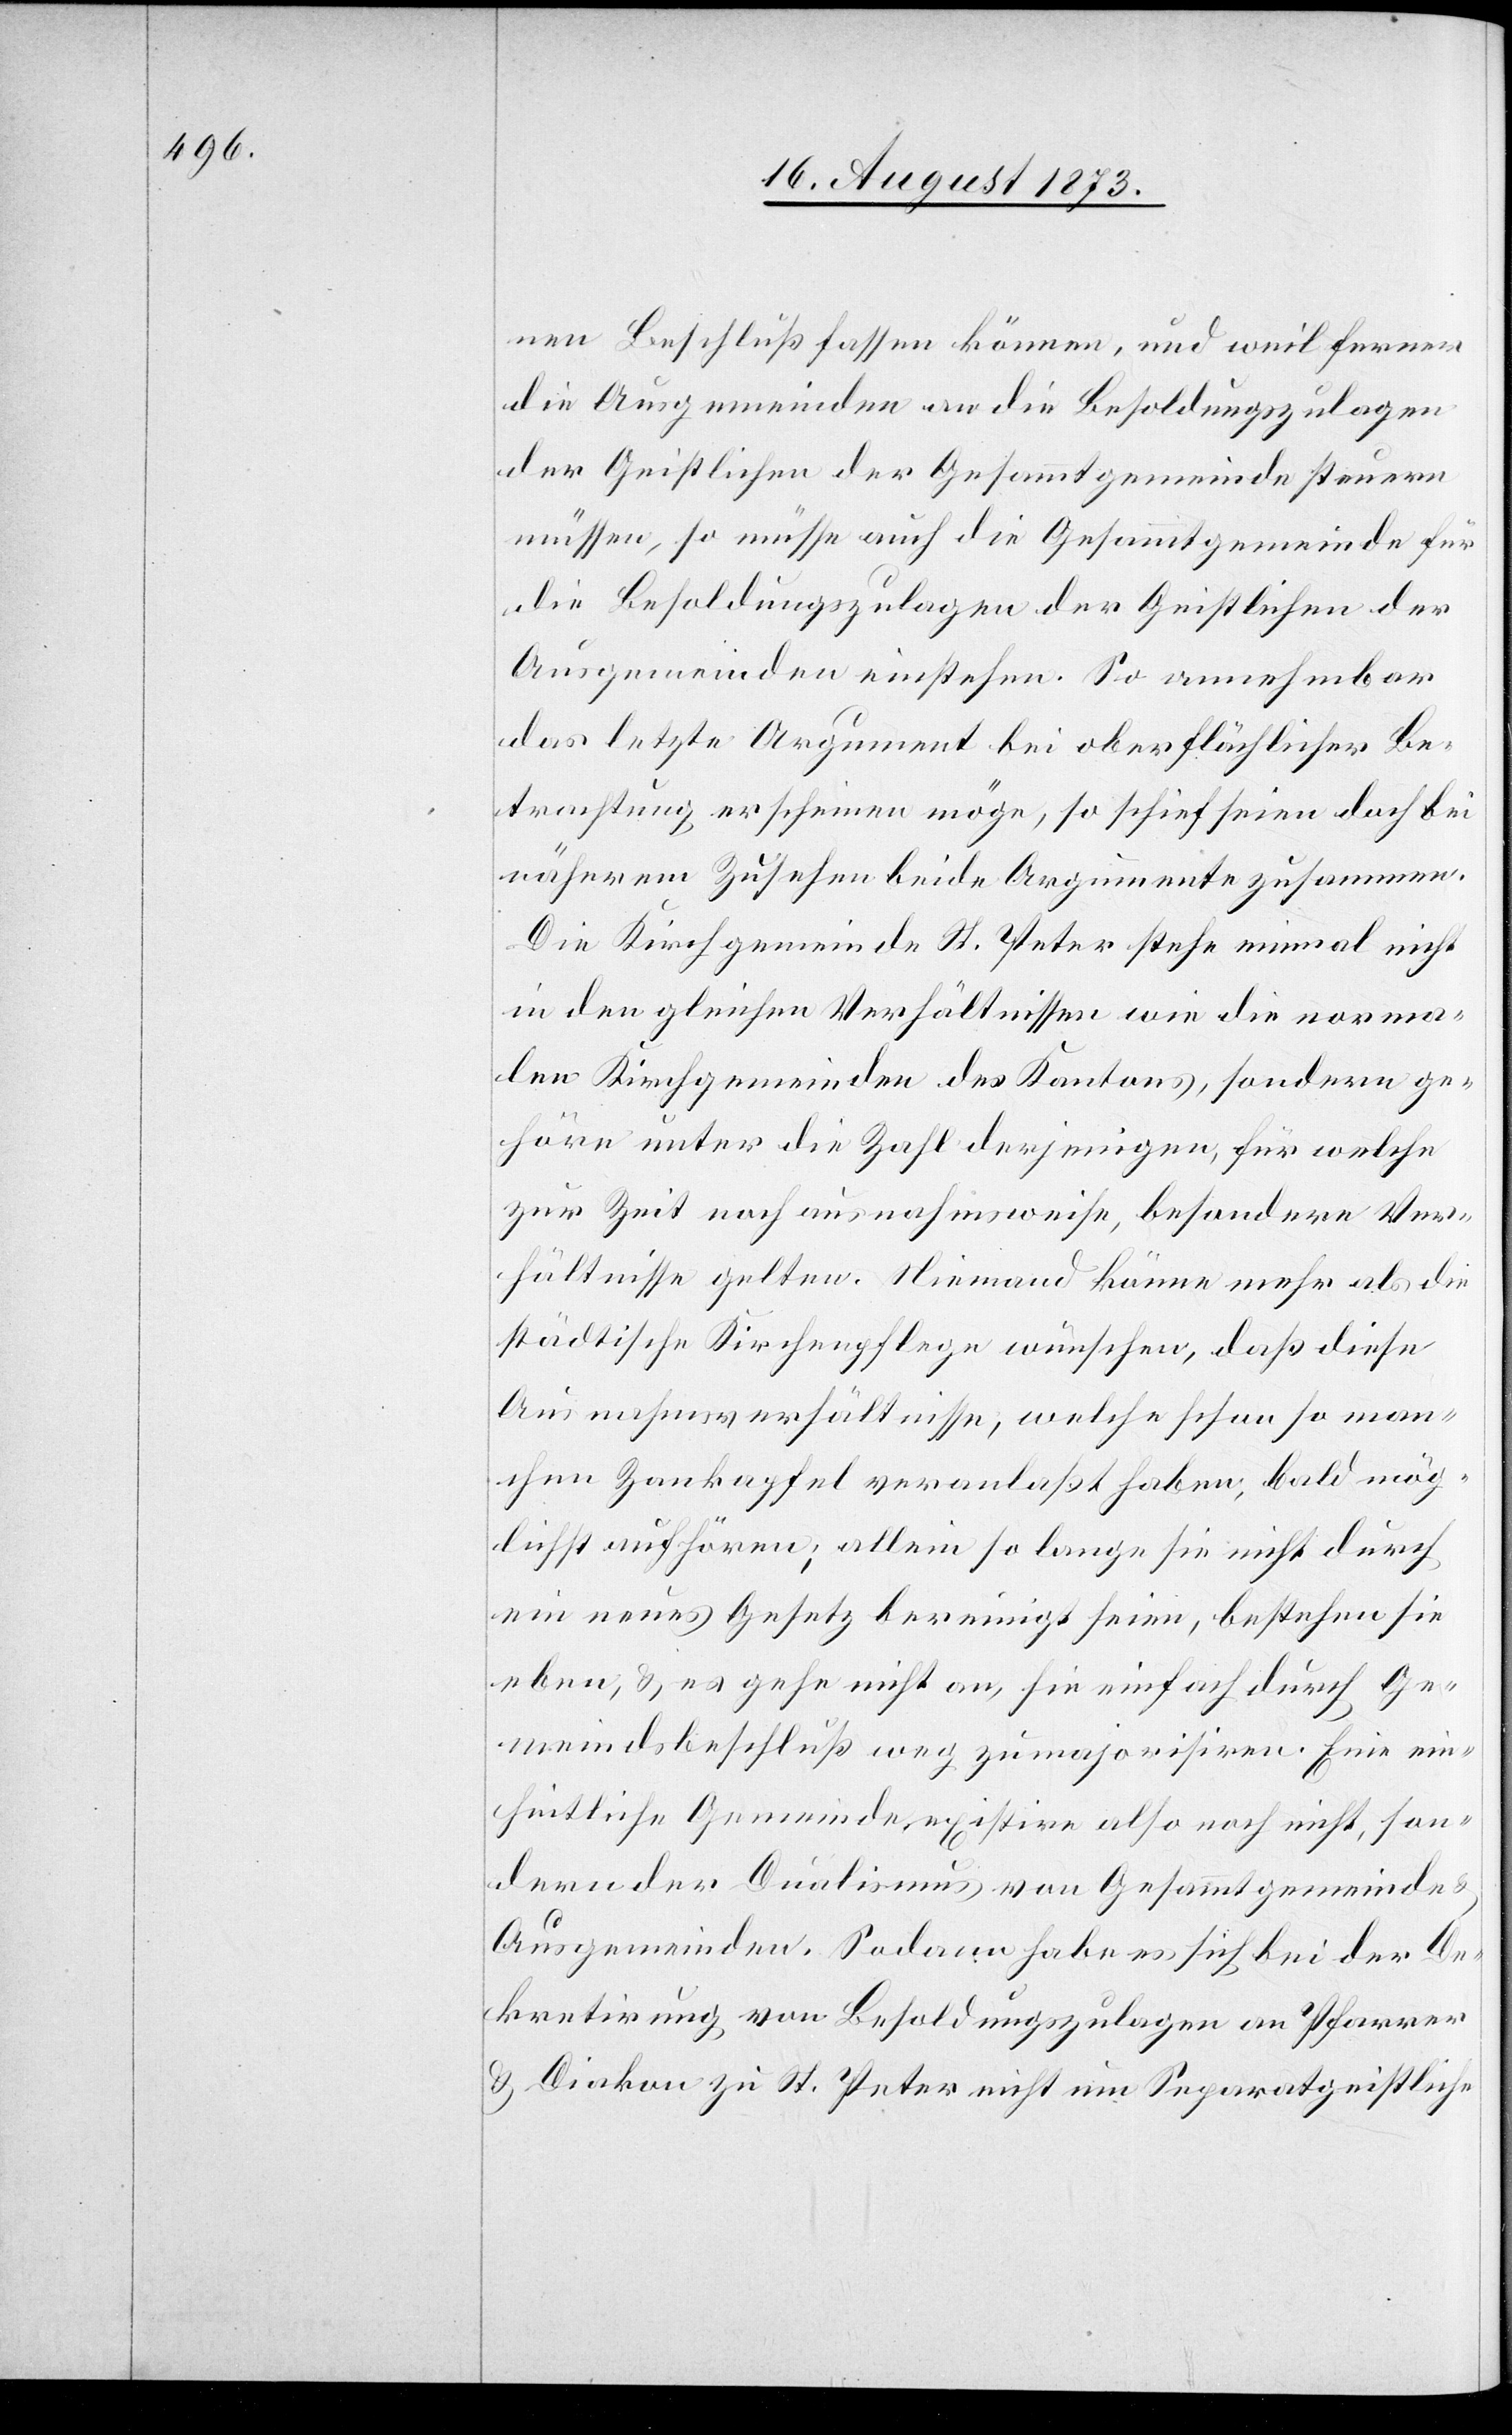
nen Beschluß fassen könne, und weil ferner
die Ausgemeinden an die Besoldungszulagen
der Geistlichen der Gesammtgemeinde steuern
müssen, so müsse auch die Gesammtgemeinde für
die Besoldungszulagen der Geistlichen der
Ausgemeinden einstehen. So annehmbar
das letzte Argument bei oberflächlicher Be¬
trachtung erscheinen möge, so schief seien doch bei
näherem Zusehen beide Argumente zusammen.
Die Kirchgemeinde St. Peter stehe einmal nicht
in den gleichen Verhältnissen wie die norma¬
len Kirchgemeinden des Kantons, sondern ge¬
höre unter die Zahl derjenigen, für welche
zur Zeit noch ausnahmsweise, besondere Ver¬
hältnisse gelten. Niemand könne mehr als die
städtische Kirchenpflege wünschen, daß diese
Ausnahmsverhältnisse, welche schon so man¬
chen Zankapfel veranlaßt haben, bald mög¬
lichst aufhören; allein so lange sie nicht durch
ein neues Gesetz bereinigt seien, bestehen sie
eben, & es gehe nicht an, sie einfach durch Ge¬
meindsbeschluß weg zu majorisiren. Eine ein¬
heitliche Gemeinde existire also noch nicht, son¬
dern der Dualismus von Gesammtgemeinde
Ausgemeinden. Sodann habe es sich bei der De¬
kretirung von Besoldungszulagen an Pfarrer
& Diakon zu St. Peter nicht um Separatgeistliche